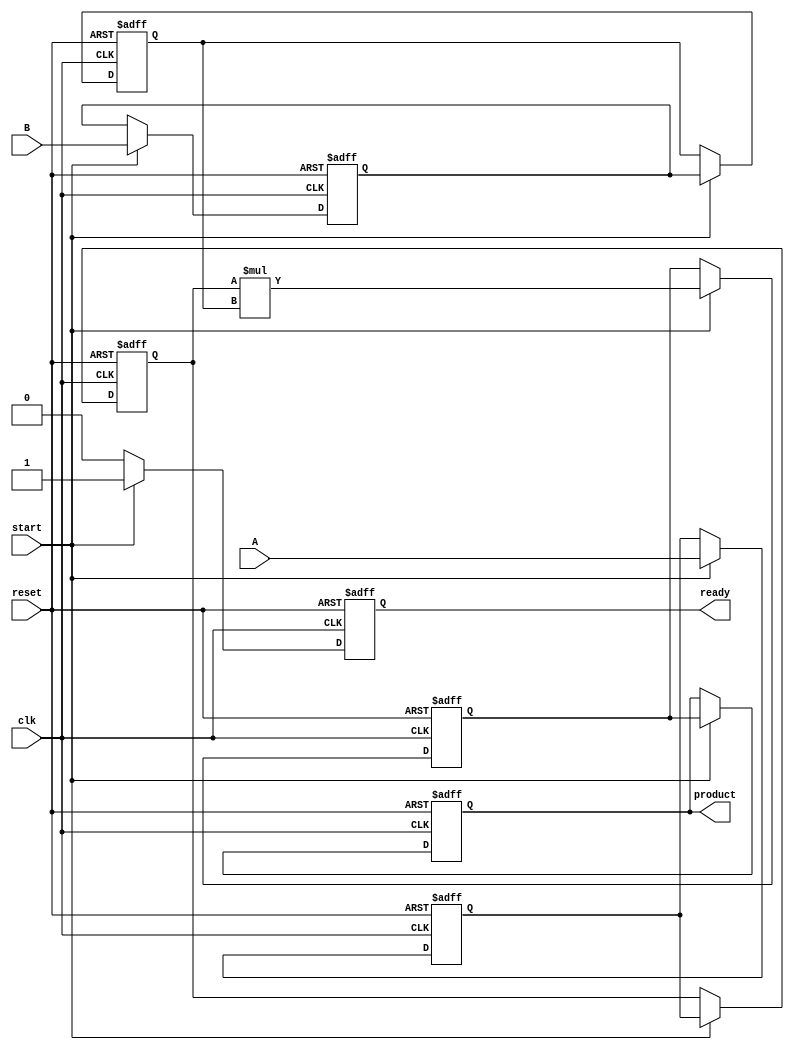
module streaming_multiplier #(
    parameter DATA_WIDTH = 16,  // Width of input/output data
    parameter PIPELINE_STAGES = 2 // Number of pipeline stages
)(
    input wire clk,               // Clock signal
    input wire reset,             // Reset signal
    input wire start,             // Start signal for multiplication
    input wire [DATA_WIDTH-1:0] A, // Input stream A
    input wire [DATA_WIDTH-1:0] B, // Input stream B
    output reg [2*DATA_WIDTH-1:0] product, // Output product
    output reg ready              // Ready signal for output
);

    // Internal signals for pipelining
    reg [DATA_WIDTH-1:0] A_pipeline[0:PIPELINE_STAGES-1];
    reg [DATA_WIDTH-1:0] B_pipeline[0:PIPELINE_STAGES-1];
    reg [2*DATA_WIDTH-1:0] product_pipeline[0:PIPELINE_STAGES-1];
    
    integer i;

    // Reset and initialization
    always @(posedge clk or posedge reset) begin
        if (reset) begin
            for (i = 0; i < PIPELINE_STAGES; i = i + 1) begin
                A_pipeline[i] <= 0;
                B_pipeline[i] <= 0;
                product_pipeline[i] <= 0;
            end
            product <= 0;
            ready <= 0;
        end else if (start) begin
            // Shift the input data through the pipeline
            A_pipeline[0] <= A;
            B_pipeline[0] <= B;

            for (i = 1; i < PIPELINE_STAGES; i = i + 1) begin
                A_pipeline[i] <= A_pipeline[i-1];
                B_pipeline[i] <= B_pipeline[i-1];
            end

            // Perform multiplication in the last stage
            product_pipeline[PIPELINE_STAGES-1] <= A_pipeline[PIPELINE_STAGES-1] * B_pipeline[PIPELINE_STAGES-1];

            // Output the final product
            product <= product_pipeline[PIPELINE_STAGES-1];
            ready <= 1; // Indicate that the product is ready
        end else begin
            ready <= 0; // Not ready if not started
        end
    end

endmodule